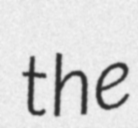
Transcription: the